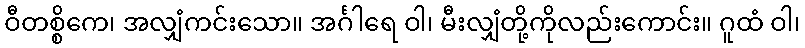
ဝီတစ္စိကေ၊ အလျှံကင်းသော။ အင်္ဂါရေ ဝါ၊ မီးလျှံတို့ကိုလည်းကောင်း။ ဂူထံ ဝါ၊